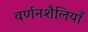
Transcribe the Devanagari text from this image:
वर्णनशैलियाँ